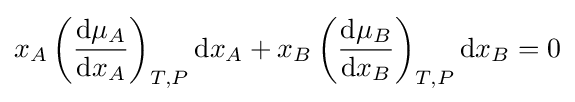
x_{A}\left({\frac {\mathrm {d} \mu _{A}}{\mathrm {d} x_{A}}}\right)_{T,P}\mathrm {d} x_{A}+x_{B}\left({\frac {\mathrm {d} \mu _{B}}{\mathrm {d} x_{B}}}\right)_{T,P}\mathrm {d} x_{B}=0